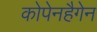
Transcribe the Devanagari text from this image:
कोपेनहैगेन